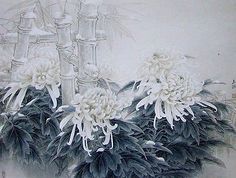
东篱把酒黄昏后，有暗香盈袖。